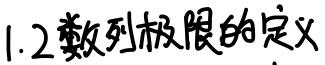
1.2数列极限的定义